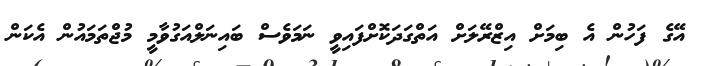
އޭގެ ފަހުން އެ ބިމަށް އިޒްރޭލަށް އަތްގަދަކޮށްފައިވީ ނަމަވެސް ބައިނަލްއަގުވާމީ މުޖްތަމައުން އެކަން